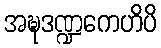
အဍ္ဎဒဏ္ဍကေဟိပိ